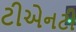
ટીએનટી